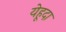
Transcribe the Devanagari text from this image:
येहूदा